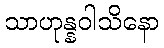
သာဟုန္နဝါသိနော